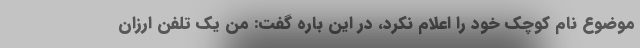
موضوع نام کوچک خود را اعلام نکرد، در این باره گفت: من یک تلفن ارزان